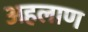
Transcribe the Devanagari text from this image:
अहलाण